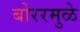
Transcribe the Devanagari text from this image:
बोररमुळे